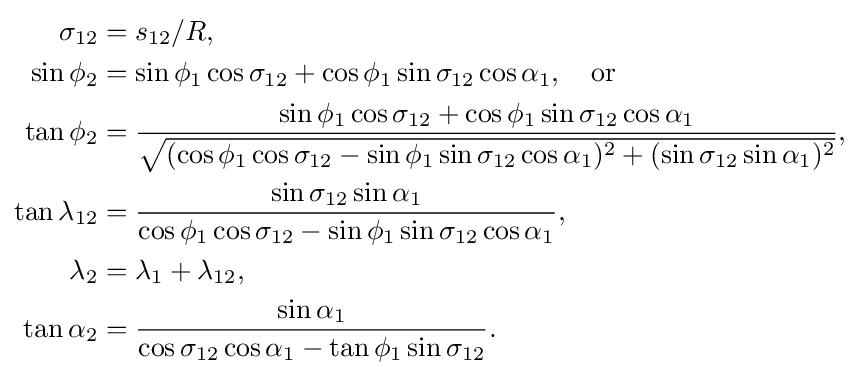
{\begin{aligned}\sigma _{12}&=s_{12}/R,\\\sin \phi _{2}&=\sin \phi _{1}\cos \sigma _{12}+\cos \phi _{1}\sin \sigma _{12}\cos \alpha _{1},\quad {\text{or}}\\\tan \phi _{2}&={\frac {\sin \phi _{1}\cos \sigma _{12}+\cos \phi _{1}\sin \sigma _{12}\cos \alpha _{1}}{\sqrt {(\cos \phi _{1}\cos \sigma _{12}-\sin \phi _{1}\sin \sigma _{12}\cos \alpha _{1})^{2}+(\sin \sigma _{12}\sin \alpha _{1})^{2}}}},\\\tan \lambda _{12}&={\frac {\sin \sigma _{12}\sin \alpha _{1}}{\cos \phi _{1}\cos \sigma _{12}-\sin \phi _{1}\sin \sigma _{12}\cos \alpha _{1}}},\\\lambda _{2}&=\lambda _{1}+\lambda _{12},\\\tan \alpha _{2}&={\frac {\sin \alpha _{1}}{\cos \sigma _{12}\cos \alpha _{1}-\tan \phi _{1}\sin \sigma _{12}}}.\end{aligned}}